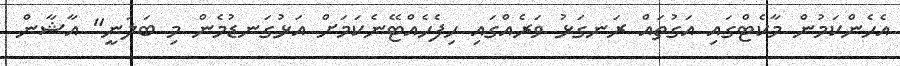
އެހެންކަމުން މާކެޓްގައި އަގުތައް ރަނގަޅު ވަރެއްގައި ހިފެހެއްޓޭނެކަމަށް އަޅުގަނޑުމެން މި ބަލަނީ" އާޝާން